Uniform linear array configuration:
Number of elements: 48
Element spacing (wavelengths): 0.5
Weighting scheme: kaiser
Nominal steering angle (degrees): -30
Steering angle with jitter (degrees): -30.838
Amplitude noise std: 0.05
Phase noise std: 0.05

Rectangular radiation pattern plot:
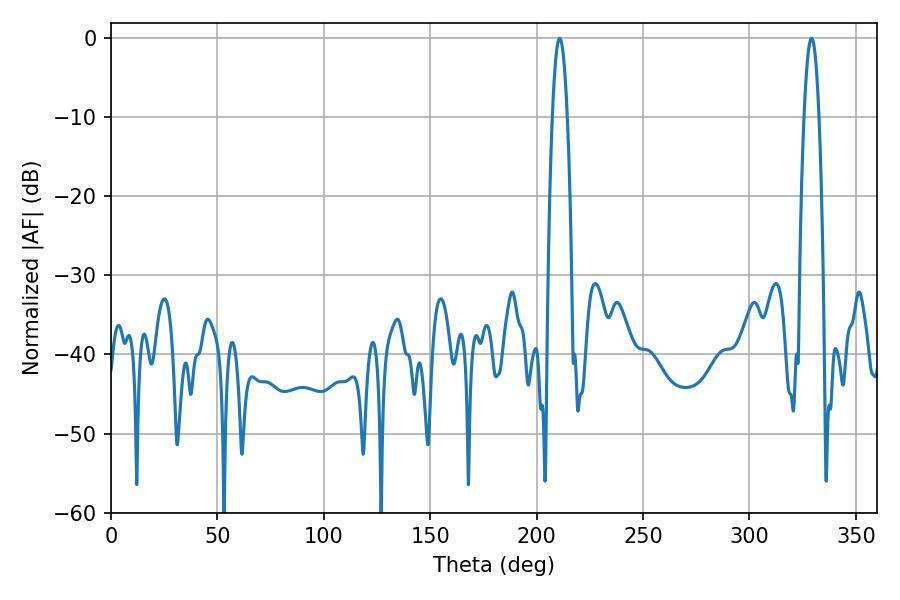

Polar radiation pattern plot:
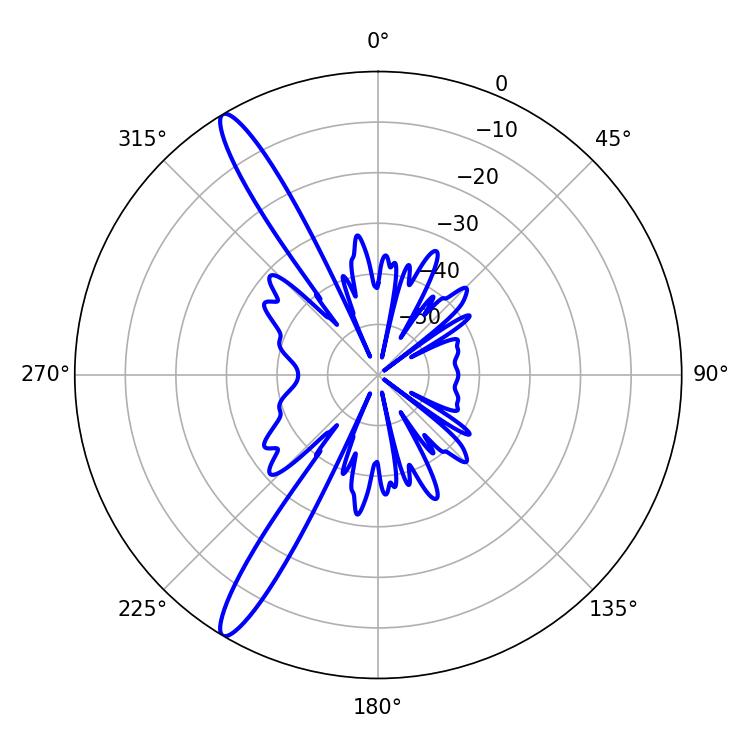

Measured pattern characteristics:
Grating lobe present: FALSE
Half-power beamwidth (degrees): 3.78
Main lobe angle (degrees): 210.78